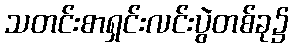
သတင်းစာရှင်းလင်းပွဲတစ်ခု၌